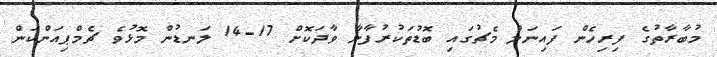
މުބާރާތުގެ ފިރިހެން ފައިނަލް މެޗުގައި ބޮޑުތަކުރުފާނާ ވާދަކޮށް 17-14 ލަނޑުން މޮޅުވެ ޗެމްޕިއަންކަން